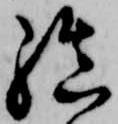
結